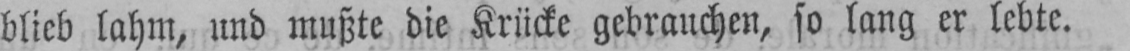
blieb lahm, und mußte die Krücke gebrauchen, so lang er lebte.